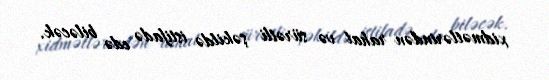
xidmətlərindən rahat və sürətli şəkildə istifadə edə biləcək.